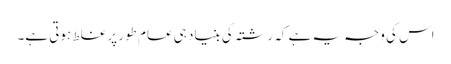
اس کی وجہ یہ ہے کہ رشتہ کی بنیاد ہی عام طور پر غلط ہوتی ہے۔